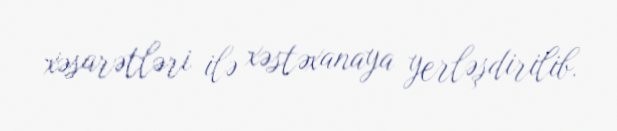
xəsarətləri ilə xəstəxanaya yerləşdirilib.